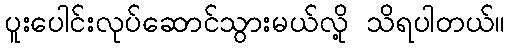
ပူးပေါင်းလုပ်ဆောင်သွားမယ်လို့ သိရပါတယ်။